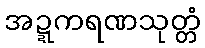
အဍ္ဍကရဏသုတ္တံ